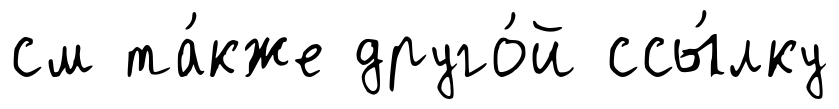
см та́кже друго́й ссы́лку